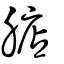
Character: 𣎀